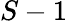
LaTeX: S-1